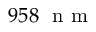
9 5 8 ~ \mathrm { ~ n ~ m ~ }